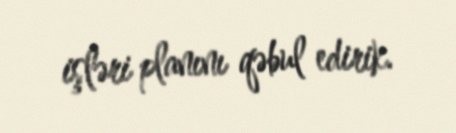
işləri planını qəbul edirik.